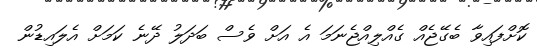
ކޮށްފައިވާ ބެގޭޖެއް ގެއްލިއްޖެނަމަ އެ އަށް ވެސް ބަދަލު ދޭނެ ކަަމަށް އެލައިޑުން